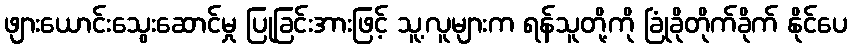
ဖျားယောင်းသွေးဆောင်မှု ပြုခြင်းအားဖြင့် သူ့လူများက ရန်သူတို့ကို ခြုံခိုတိုက်ခိုက် နိုင်ပေ